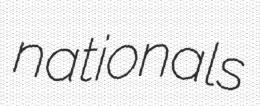
nationals